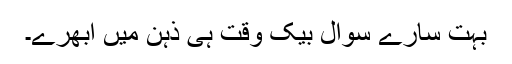
بہت سارے سوال بیک وقت ہی ذہن میں ابھرے۔